Annual report of the Imperial Bacteriologist
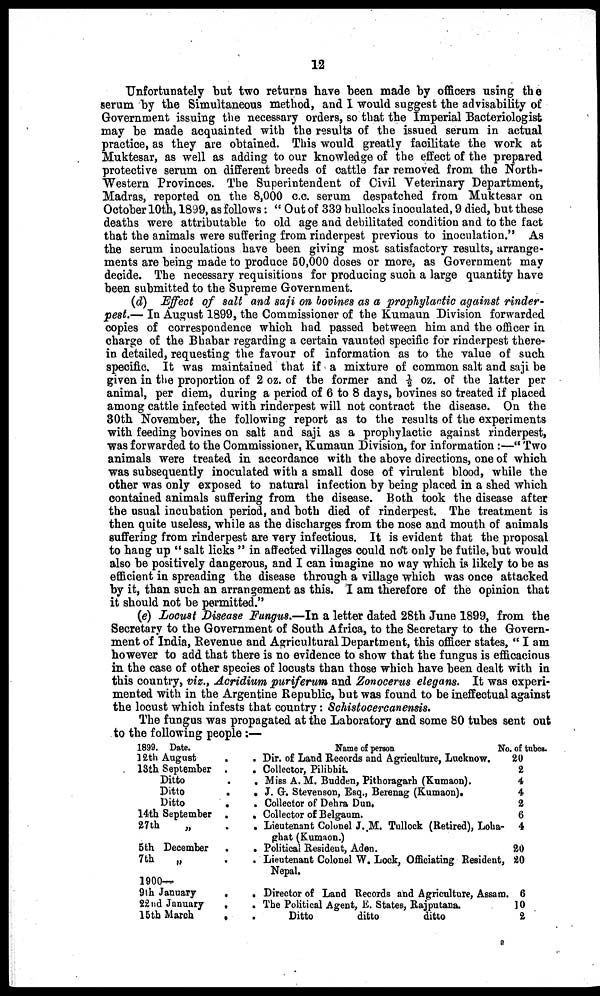
12
Unfortunately but two returns have been made by officers using the
serum by the Simultaneous method, and I would suggest the advisability of
Government issuing the necessary orders, so that the Imperial Bacteriologist
may be made acquainted with the results of the issued serum in actual
practice, as they are obtained. This would greatly facilitate the work at
Muktesar, as well as adding to our knowledge of the effect of the prepared
protective serum on different breeds of cattle far removed from the North-
-estern Provinces. The Superintendent of Civil Veterinary Department,
Madras, reported on the 8,000 c.c. serum despatched from Muktesar on
October 10th, 1899, as follows: "Out of 339 bullocks inoculated, 9 died, but these
deaths were attributable to old age and debilitated condition and to the fact
that the animals were suffering from rinderpest previous to inoculation." As
the serum inoculations have been giving most satisfactory results, arrange-
ments are being made to produce 50,000 doses or more, as Government may
decide. The necessary requisitions for producing such a large quantity have
been submitted to the Supreme Government.
(d) Effect of salt and saji on bovines as a prophylactic against rinder-
pest.— In August 1899, the Commissioner of the Kumaun Division forwarded
copies of correspondence which had passed between him and the officer in
charge of the Bhabar regarding a certain vaunted specific for rinderpest there-
in detailed, requesting the favour of information as to the value of such
specific. It was maintained that if a mixture of common salt and saji be
given in the proportion of 2 oz. of the former and ½ oz. of the latter per
animal, per diem, during a period of 6 to 8 days, bovines so treated if placed
among cattle infected with rinderpest will not contract the disease. On the
30th November, the following report as to the results of the experiments
with feeding bovines on salt and saji as a prophylactic against rinderpest,
was forwarded to the Commissioner, Kumaun Division, for information :—" Two
animals were treated in accordance with the above directions, one of which
was subsequently inoculated with a small dose of virulent blood, while the
other was only exposed to natural infection by being placed in a shed which
contained animals suffering from the disease. Both took the disease after
the usual incubation period, and both died of rinderpest. The treatment is
then quite useless, while as the discharges from the nose and mouth of animals
suffering from rinderpest are very infectious. It is evident that the proposal
to hang up " salt licks " in affected villages could not only be futile, but would
also be positively dangerous, and I can imagine no way which is likely to be as
efficient in spreading the disease through a village which was once attacked
by it, than such an arrangement as this. I am therefore of the opinion that
it should not be permitted."
(e) Locust Disease Fungus.—In a letter dated 28th June 1899, from the
Secretary to the Government of South Africa, to the Secretary to the Govern-
ment of India, Revenue and Agricultural Department, this officer states, " I am
however to add that there is no evidence to show that the fungus is efficacious
in the case of other species of locusts than those which have been dealt with in
this country, viz., Acridium puriferum and Zonocerus elegans. It was experi-
mented with in the Argentine Republic, but was found to be ineffectual against
the locust which infests that country : Schistocercanensis.
The fungus was propagated at the Laboratory and some 80 tubes sent out
to the following people :—
1899. Date.
12th August
.
13th September .
Ditto .
Ditto
Ditto
14th September .
27th
„ .
5th December
.
7th
„
1900—
9th January
.
22nd January
.
15th March
.
Name of person
No. of tubes.
. Dir. of Land Records and Agriculture, Lucknow.
. Collector, Pilibhit.
. Miss A. M. Budden, Pithoragarh (Kumaon).
. J. G. Stevenson, Esq., Berenag (Kumaon).
. Collector of Dehra Dun.
. Collector of Belgaum.
. Lieutenant Colonel J. M. Tullock (Retired), Loha-
ghat (Kumaon.)
. Political Resident, Aden.
. Lieutenant Colonel W. Lock, Officiating Resident,
Nepal.
. Director of Land Records and Agriculture, Assam.
. The Political Agent, E. States, Rajputana.
.
Ditto
ditto
ditto
20
2
4
4
2
6
4
20
20
6
10
2